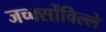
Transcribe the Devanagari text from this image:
जच्क्सोंविल्ले